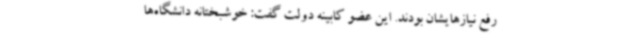
رفع نیازهایشان بودند. این عضو کابینه دولت گفت: خوشبختانه دانشگاه‌ها